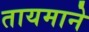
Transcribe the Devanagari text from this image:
तायमाने